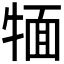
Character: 𤚛